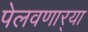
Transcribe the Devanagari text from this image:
पेलवणार्‍या